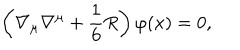
LaTeX: \left( \nabla _ { \mu } \nabla ^ { \mu } + \frac { 1 } { 6 } R \right) \varphi ( x ) = 0 ,